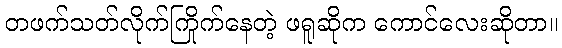
တဖက်သတ်လိုက်ကြိုက်နေတဲ့ ဖရူဆိုက ကောင်လေးဆိုတာ။